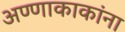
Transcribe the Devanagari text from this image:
अण्णाकाकांना